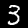
Digit: 3